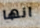
انها